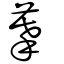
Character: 摹